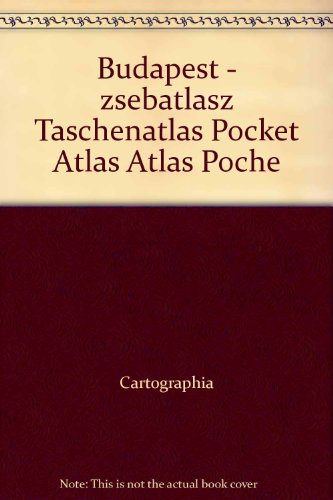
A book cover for Budapest Pocket Atlas; Cartographia; Travel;